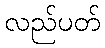
လည်ပတ်